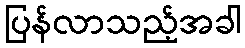
ပြန်လာသည့်အခါ